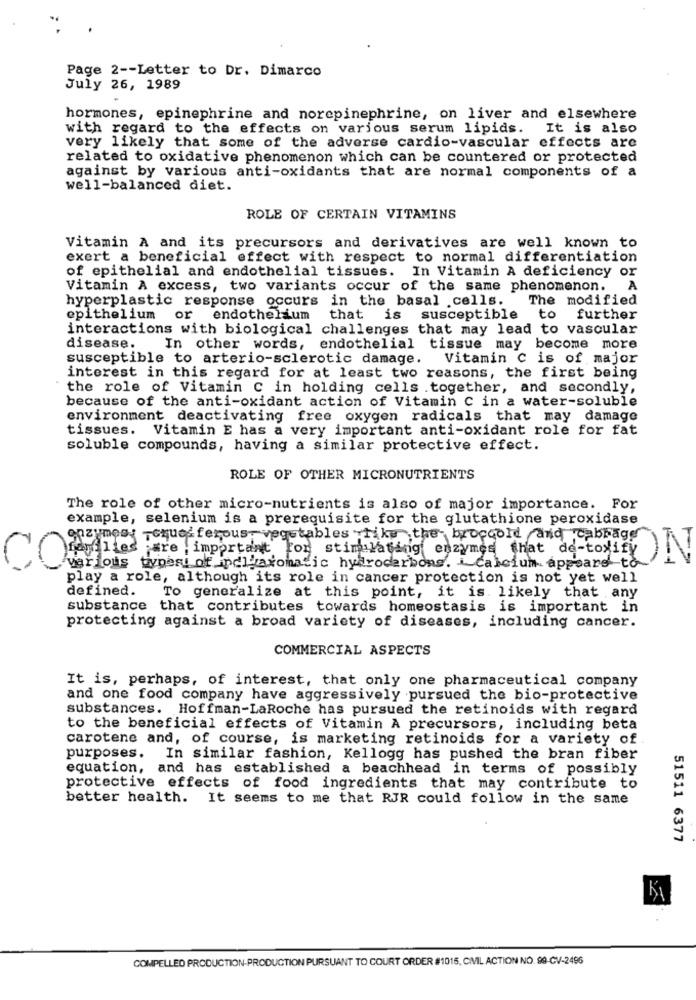
Page 2 -- Letter to Dr. Dimarco
July 26, 1989
hormones, epinephrine and norepinephrine, on liver and elsewhere
with regard to the effects on various serum lipids. It is also
very likely that some of the adverse cardio-vascular effects are
related to oxidative phenomenon which can be countered or protected
against by various anti-oxidants that are normal components of a
well-balanced diet.
ROLE OF CERTAIN VITAMINS
Vitamin A and its precursors and derivatives are well known to
exert a beneficial effect with respect to normal differentiation
of epithelial and endothelial tissues. In Vitamin A deficiency or
Vitamin A excess, two variants occur of the same phenomenon.
A
hyperplastic response occurs in the basal cells.
The modified
epithelium or endothelium
that is susceptible to further
interactions with biological challenges that may lead to vascular
disease.
In other words, endothelial tissue may become more
susceptible to arterio-sclerotic damage.
Vitamin C is of major
interest in this regard for at least two reasons, the first being
the role of Vitamin C in holding cells .together, and secondly,
because of the anti-oxidant action of Vitamin C in a water-soluble
environment deactivating free oxygen radicals that may damage
tissues.
Vitamin E has a very important anti-oxidant role for fat
soluble compounds, having a similar protective effect.
ROLE OF OTHER MICRONUTRIENTS
The role of other micro-nutrients is also of major importance. For
example, selenium is a prerequisite for the glutathione peroxidase
enzymes: - oque' ferous, vegetables "hike the- broccold and cabbage"
Credites are important fon stimulating enzymes that de-toxie )
various types of incluaromatic hydrocarbons. i calcium appeared to
play a role, although its role in cancer protection is not yet well
defined.
To generalize at this point, it is. likely that any
substance that contributes towards homeostasis is important in
protecting against a broad variety of diseases, including cancer.
COMMERCIAL ASPECTS
It is, perhaps, of interest, that only one pharmaceutical company
and one food company have aggressively pursued the bio-protective
substances. Hoffman-LaRoche has pursued the retinoids with regard
to the beneficial effects of Vitamin A precursors, including beta
carotene and, of course, is marketing retinoids for a variety of.
purposes. In similar fashion, Kellogg has pushed the bran fiber
equation, and has established a beachhead in terms of possibly
protective effects of food ingredients that may contribute to
better health. It seems to me that RJR could follow in the same
51511 6377
COMPELLED PRODUCTION-PRODUCTION PURSUANT TO COURT ORDER #1015, CIVIL ACTION NO. 99-CV-2496